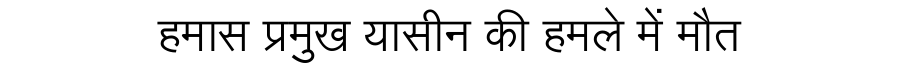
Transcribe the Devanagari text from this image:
हमास प्रमुख यासीन की हमले में मौत